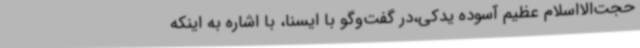
حجت‌الااسلام عظیم آسوده یدکی،در گفت‌وگو با ایسنا، با اشاره به اینکه